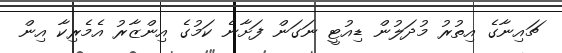
ޗައިނާގެ އިތުރު މުދަލުން ޑިއުޓީ ނަގަން ފަށާނެ ކަމުގެ އިންޒާރު އެމެރިކާ އިން